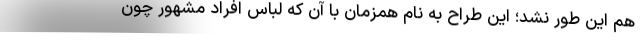
هم این طور نشد؛ این طراح به نام همزمان با آن که لباس افراد مشهور چون